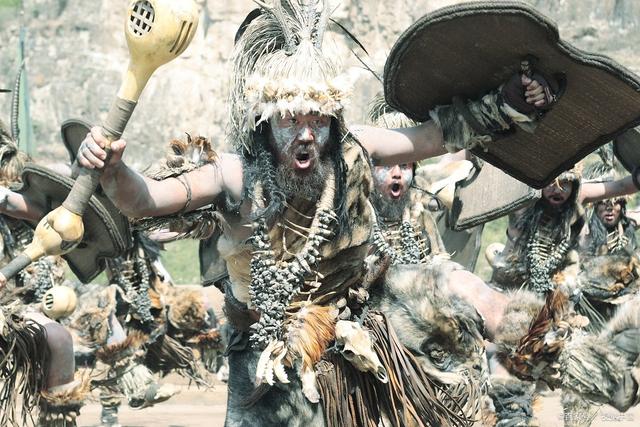
道之不行也，我知之矣知者过之愚者不及也。道之不明也，我知之矣贤者过之不肖者不及也。